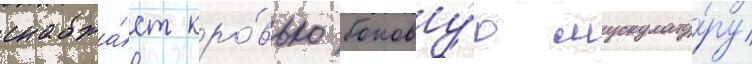
снабжа́ет кро́вью бокову́ю мускулату́ру